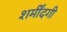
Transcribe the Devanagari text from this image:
शर्मींदगी